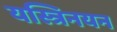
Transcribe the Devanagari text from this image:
यस्त्रिनयन